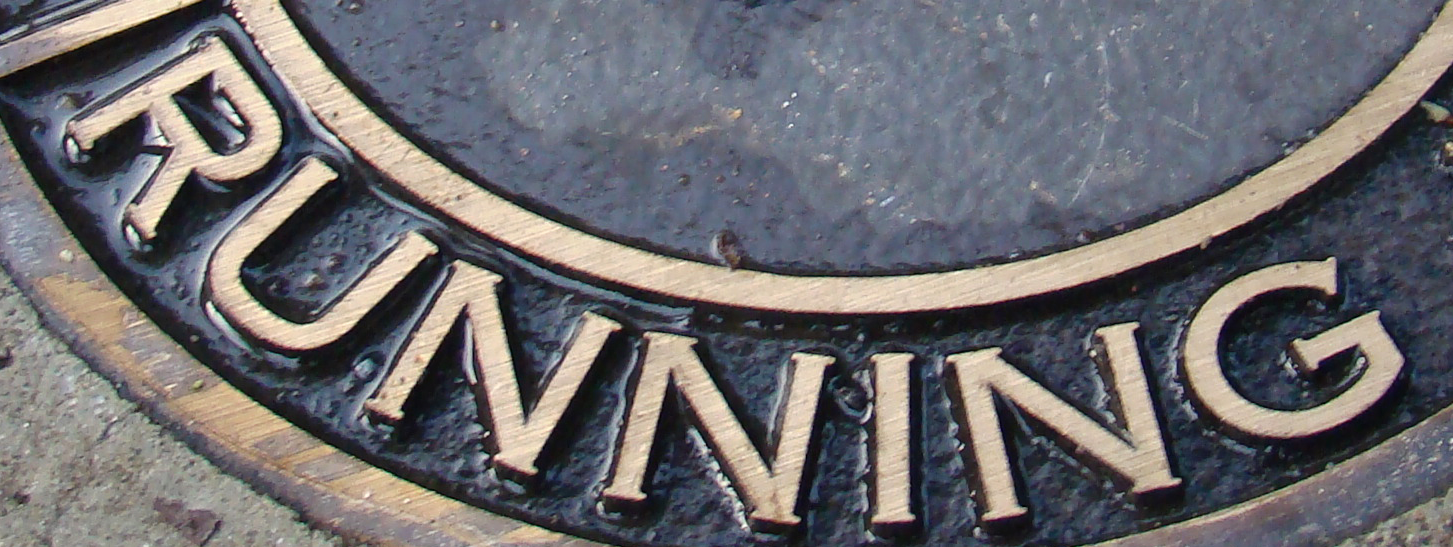
RUNNING